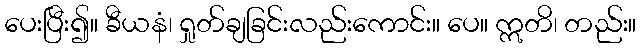
ပေးပြီး၍။ ခီယနံ၊ ရှုတ်ချခြင်းလည်းကောင်း။ ပေ။ ဣတိ၊ တည်း။